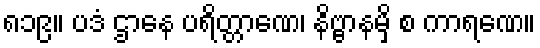
၈၁၉။ ပဒံ ဌာနေ ပရိတ္တာဏေ၊ နိဗ္ဗာနမှိ စ ကာရဏေ။